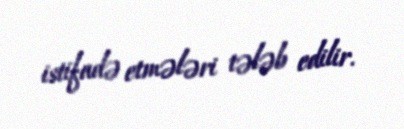
istifadə etmələri tələb edilir.